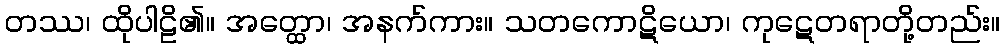
တဿ၊ ထိုပါဠိ၏။ အတ္ထော၊ အနက်ကား။ သတကောဋိယော၊ ကုဋေတရာတို့တည်း။